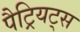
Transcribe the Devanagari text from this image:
पैट्रियट्स